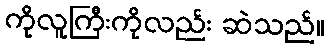
ကိုလူကြီးကိုလည်း ဆဲသည်။